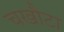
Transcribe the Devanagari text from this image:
चखौटा